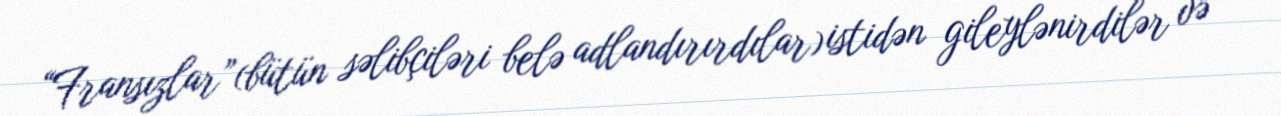
“Fransızlar”(bütün səlibçiləri belə adlandırırdılar) istidən gileylənirdilər və